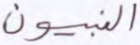
النبيون